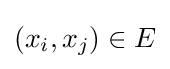
(x_{i},x_{j})\in E